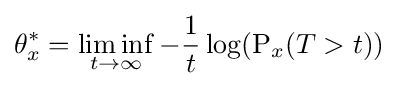
\theta _{x}^{*}=\liminf _{t\to \infty }-{\frac {1}{t}}\log(\operatorname {P} _{x}(T>t))